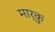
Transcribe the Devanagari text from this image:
मार्कु